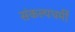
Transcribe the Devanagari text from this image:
संकल्पधर्मी